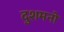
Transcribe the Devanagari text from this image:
दुशमनो